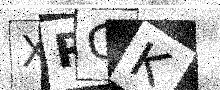
Text: XRGK